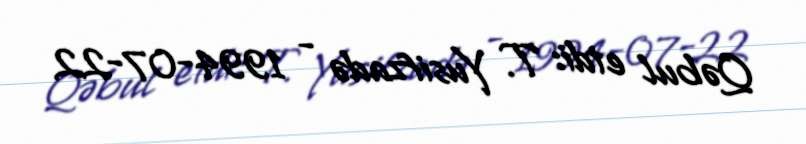
Qəbul etdi: T. Yusifzadə - 1994-07-22